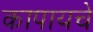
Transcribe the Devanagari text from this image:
कापायचे